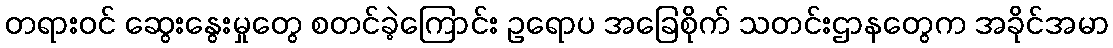
တရားဝင် ဆွေးနွေးမှုတွေ စတင်ခဲ့ကြောင်း ဥရောပ အခြေစိုက် သတင်းဌာနတွေက အခိုင်အမာ